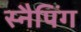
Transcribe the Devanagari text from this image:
स्नैपिंग